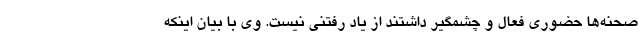
صحنه‌ها حضوری فعال و چشمگیر داشتند از یاد رفتنی نیست. وی با بیان اینکه